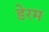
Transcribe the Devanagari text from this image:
डेरम